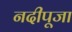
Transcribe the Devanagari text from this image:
नदीपूजा